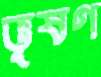
ভূষণ